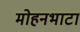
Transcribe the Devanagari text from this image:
मोहनभाटा